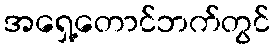
အရှေ့တောင်ဘက်တွင်